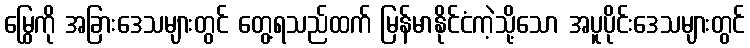
မြွေကို အခြားဒေသများတွင် တွေ့ရသည်ထက် မြန်မာနိုင်ငံကဲ့သို့သော အပူပိုင်းဒေသများတွင်